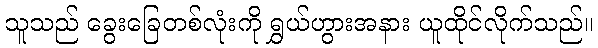
သူသည် ခွေးခြေတစ်လုံးကို ရွှယ်ဟွားအနား ယူထိုင်လိုက်သည်။